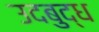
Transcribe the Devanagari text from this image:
उदबुद्ध